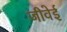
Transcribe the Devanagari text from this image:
जीवेई